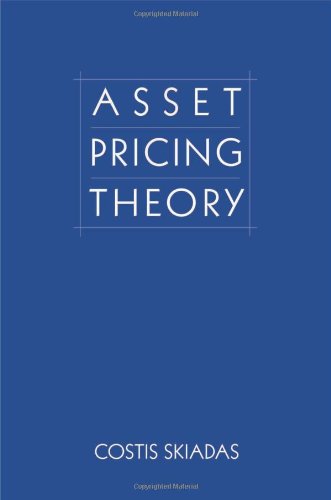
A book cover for Asset Pricing Theory (Princeton Series in Finance); Costis Skiadas; Business & Money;